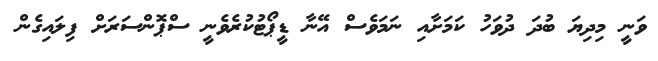
ވަނީ މިދިޔަ ބުދަ ދުވަހު ކަމަށާއި ނަމަވެސް އޭނާ ޑީޕޯޓުކުރެވެނީ ސްޕޮންސަރަށް ފިލައިގެން